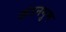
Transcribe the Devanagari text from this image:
खंडनगुण